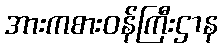
အားကစားဝန်ကြီးဌာန